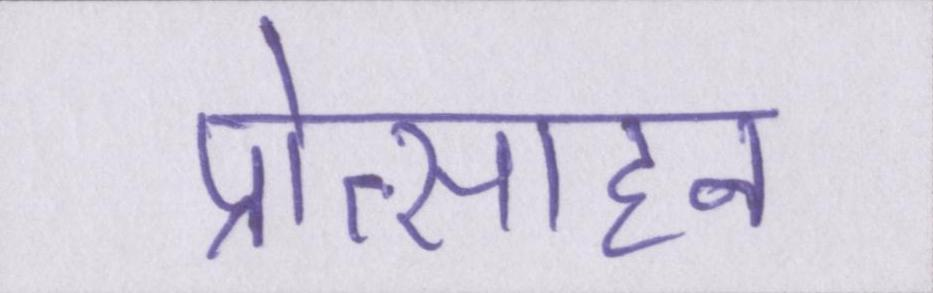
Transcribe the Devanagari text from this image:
प्रोत्साहन